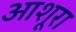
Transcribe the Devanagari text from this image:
आशूरा